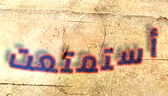
أستمتعت